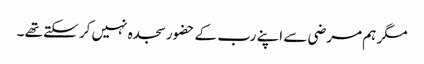
مگر ہم مرضی سے اپنے رب کے حضور سجدہ نہیں کر سکتے تھے ۔